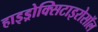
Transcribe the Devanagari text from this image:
हाइड्रोक्सिटाइरोसॉल